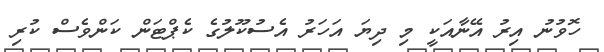
ހޮވުނު އިރު އޭނާއަކީ މި ދިޔަ އަހަރު އެސުކޫލުގެ ކެޕްޓަން ކަންވެސް ކުރި